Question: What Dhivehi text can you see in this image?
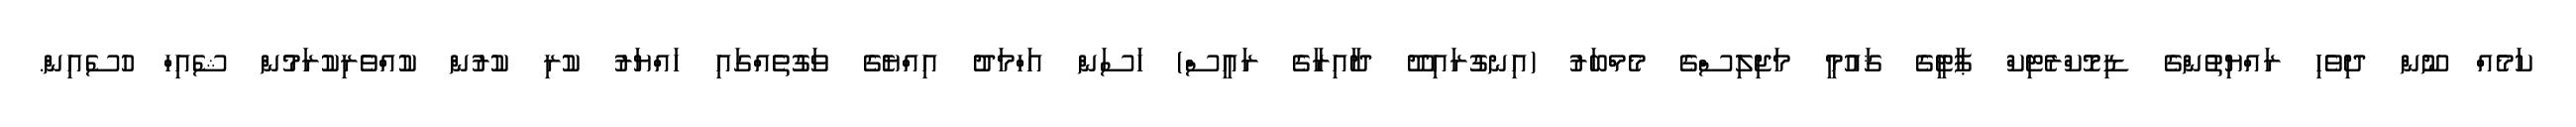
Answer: ކަމެއް ނޫން ދިވެހި ރައްޔިތުންގެ ޑިމޮކްރެޓިކް ޕާޓީގެ ޤައުމީ މަޖިލިސްގެ މެމްބަރު (އިނގުރައިދޫ ދާއިރާގެ ރައީސް) ހަސަން އަހްމަދު އިއްޔެގެ ވަގުތެއްގައި ހައްޔަރު ކުރި ކުރުން ކުއްވެރިކުރަމުން ޝެއިހް ހުސެއިން.